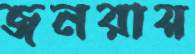
জনরায়